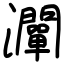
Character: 灛